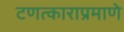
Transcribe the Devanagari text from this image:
टणत्काराप्रमाणे